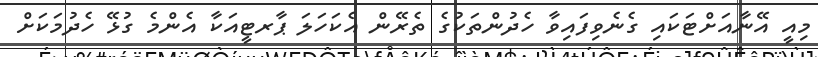
މިއީ އޭނާއަށްޓަކައި ގެނެވިފައިވާ ހެދުންތަކުގެ ތެރޭން އެކަހަލަ ޕާރޓީއަކާ އެންމެ ގުޅޭ ހެދުމަކަށް